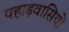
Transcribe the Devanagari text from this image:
पहाड़वासियों